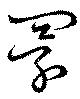
闤